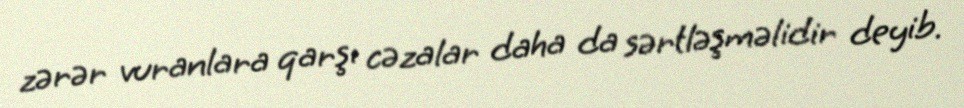
zərər vuranlara qarşı cəzalar daha da sərtləşməlidir deyib.